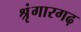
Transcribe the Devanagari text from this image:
श्रृंगारगढ़